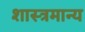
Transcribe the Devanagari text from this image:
शास्त्रमान्य